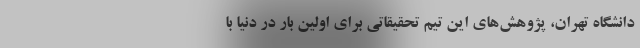
دانشگاه تهران، پژوهش‌های این تیم تحقیقاتی برای اولین بار در دنیا با